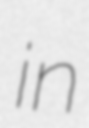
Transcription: in